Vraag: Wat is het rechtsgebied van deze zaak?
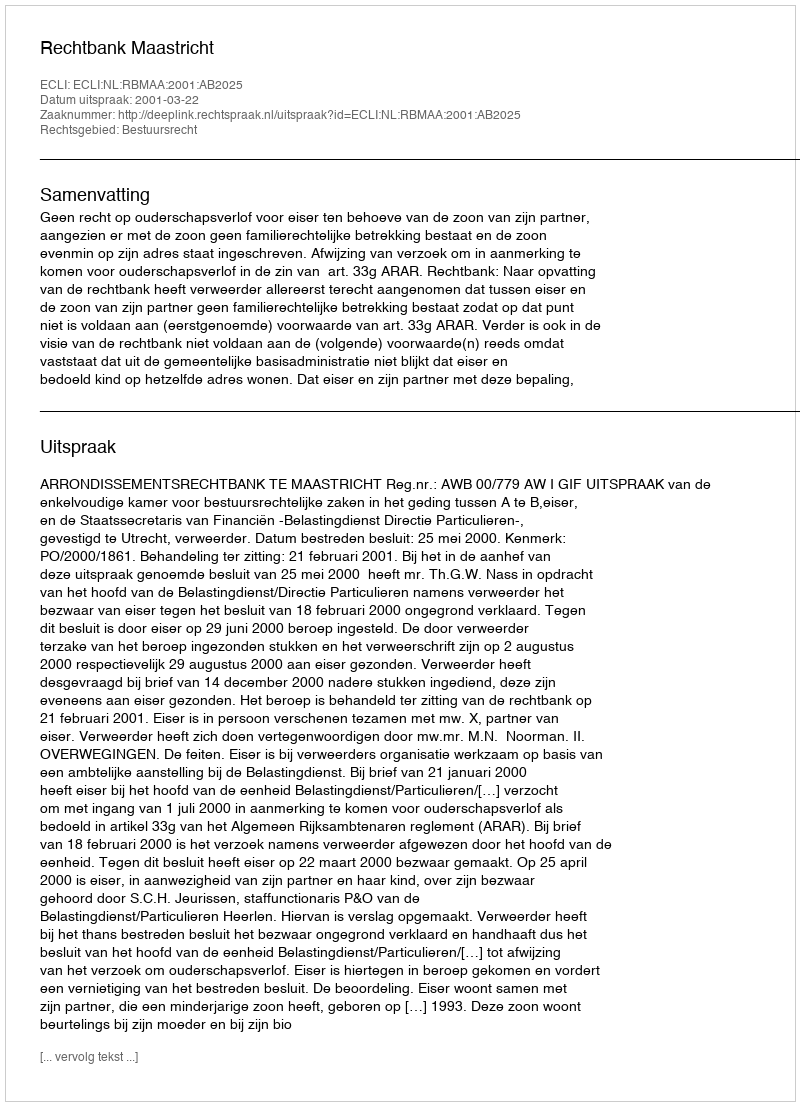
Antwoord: Bestuursrecht